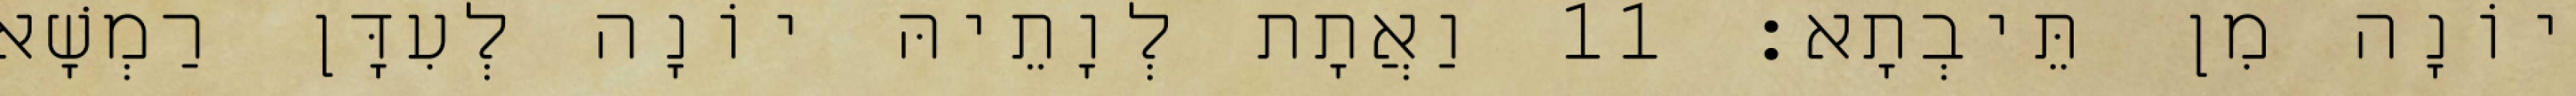
יוֹנָה מִן תֵּיבְתָא׃ 11 וַאֲתָת לְוָתֵיהּ יוֹנָה לְעִדָּן רַמְשָׁא